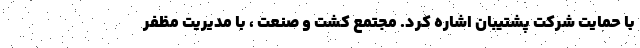
با حمایت شرکت پشتیبان اشاره کرد. مجتمع کشت و صنعت ، با مدیریت مظفر